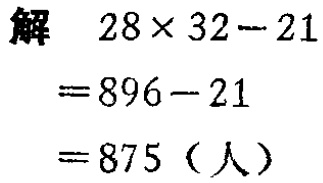
解

\[

\begin{align*}

&28\times32 - 21\\

=&896 - 21\\

=&875\ (\text{人})

\end{align*}

\]